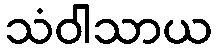
သံဝါသာယ